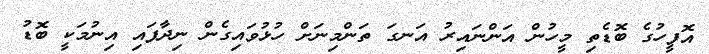
އޮފީހުގެ ބޮޑެތި މީހުން އަންނައިރު އަނގަ ތަންމިނަށް ހުޅުވައިގެން ނިދާފައި އިނުމަކީ ބޮޑު